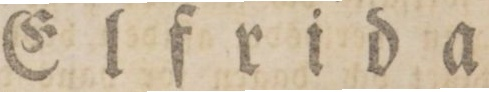
Elfrida